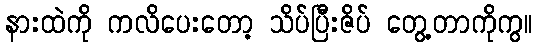
နားထဲကို ကလိပေးတော့ သိပ်ပြီးဇိပ် တွေ့တာကိုကွ။